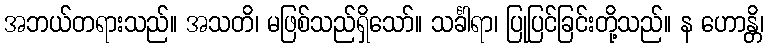
အဘယ်တရားသည်။ အသတိ၊ မဖြစ်သည်ရှိသော်။ သင်္ခါရာ၊ ပြုပြင်ခြင်းတို့သည်။ န ဟောန္တိ၊